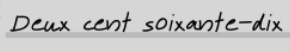
Deux cent soixante-dix